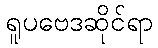
ရူပဗေဒဆိုင်ရာ